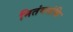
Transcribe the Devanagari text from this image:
नितंबसंधि